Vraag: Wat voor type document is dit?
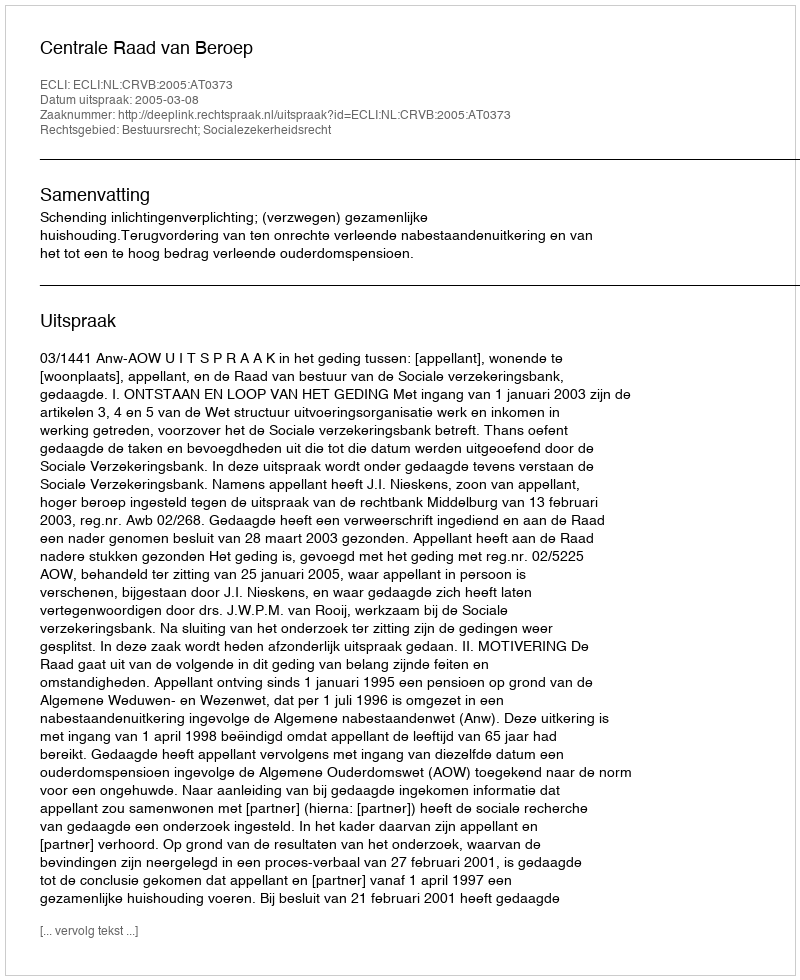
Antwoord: Uitspraak